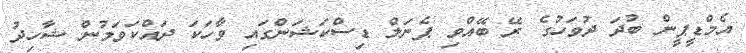
އެމްޑީޕީން ބުދަ ދުވަހުގެ ރޭ ބޭއްވި ޕެނަލް ޑިސްކަޝަންގައި ވާހަކަ ދައްކަވަމުން ޝާހިދު